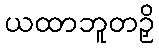
ယထာဘူတဉှိ